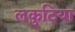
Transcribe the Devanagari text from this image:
लकुटिया